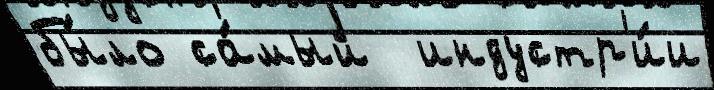
бы́ло са́мый  индустр'и́и